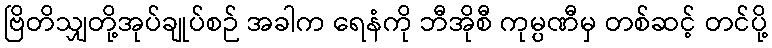
ဗြိတိသျှတို့အုပ်ချုပ်စဉ် အခါက ရေနံကို ဘီအိုစီ ကုမ္ပဏီမှ တစ်ဆင့် တင်ပို့